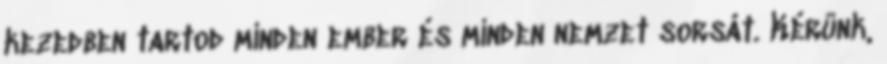
kezedben tartod minden ember és minden nemzet sorsát. Kérünk,